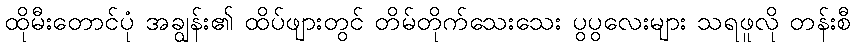
ထိုမီးတောင်ပုံ အချွန်း၏ ထိပ်ဖျားတွင် တိမ်တိုက်သေးသေး ပွပွလေးများ သရဖူလို တန်းစီ